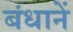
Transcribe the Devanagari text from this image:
बंधानें